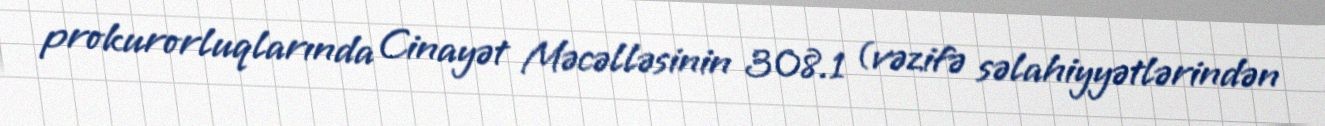
prokurorluqlarında Cinayət Məcəlləsinin 308.1 (vəzifə səlahiyyətlərindən